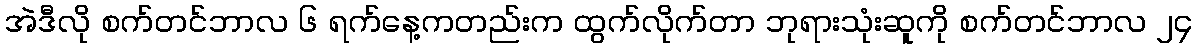
အဲဒီလို စက်တင်ဘာလ ၆ ရက်နေ့ကတည်းက ထွက်လိုက်တာ ဘုရားသုံးဆူကို စက်တင်ဘာလ ၂၄